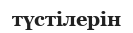
түстілерін